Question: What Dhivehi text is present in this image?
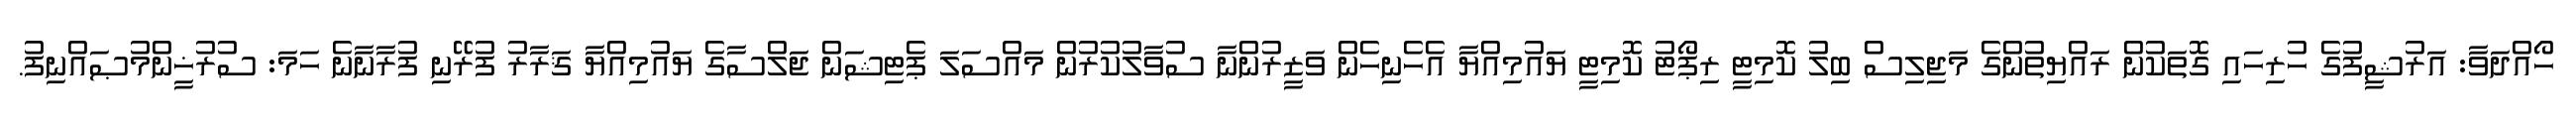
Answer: ހޯއްދަވާ: އަރުޝީފުގެ ހުރިހައި ގޮތަކުން ރައްޔިތުންގެ މަޖިލިސް ބިލު ކޮމިޓީ ރިޕޯޓު ކޮމިޓީ ޔައުމިއްޔާ އެހެނިހެން ވަޒީރުންނާ ސުވާލުކުރުން މައްސަލަ ޕެޓިޝަން ޖަލްސާގެ ޔައުމިއްޔާ ޤަރާރު ފުރޭނި ފުރާނާނެ ހަމަ: ސުރުޚީންމުޞައްނިފު.